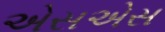
એસએસ